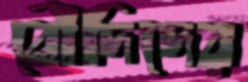
বৌদিদের